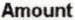
AMOUNT